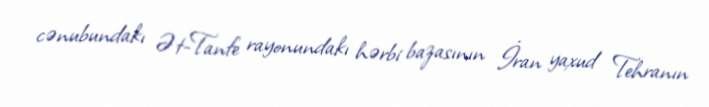
cənubundakı Ət-Tanfe rayonundakı hərbi bazasının İran yaxud Tehranın